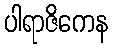
ပါရာဇိကေန